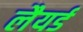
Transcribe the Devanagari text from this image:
लैयर्ड